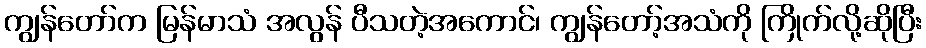
ကျွန်တော်က မြန်မာသံ အလွန် ပီသတဲ့အကောင်၊ ကျွန်တော့်အသံကို ကြိုက်လို့ဆိုပြီး